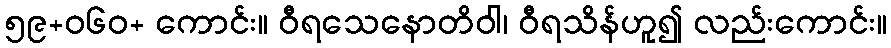
၅၉+ဝ၆၀+ ကောင်း။ ဝီရသေနောတိဝါ၊ ဝီရသိန်ဟူ၍ လည်းကောင်း။